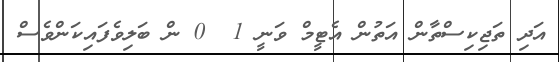
އަދި ތަޖިކިސްތާން އަތުން އެޓީމް ވަނީ 1  0 ން ބަލިވެފައިކަންވެސް